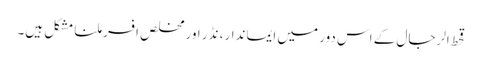
قحط الرجال کے اس دور میں ایماندار، نڈر اور مخلص افسر ملنا مشکل ہیں۔